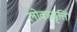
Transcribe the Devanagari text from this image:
लोकप्रवृत्ति